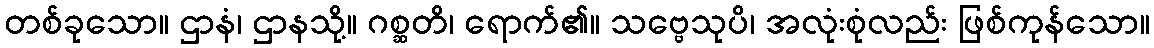
တစ်ခုသော။ ဌာနံ၊ ဌာနသို့။ ဂစ္ဆတိ၊ ရောက်၏။ သဗ္ဗေသုပိ၊ အလုံးစုံလည်း ဖြစ်ကုန်သော။